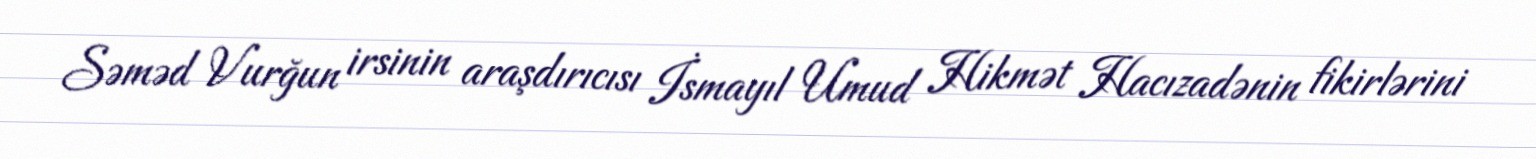
Səməd Vurğun irsinin araşdırıcısı İsmayıl Umud Hikmət Hacızadənin fikirlərini